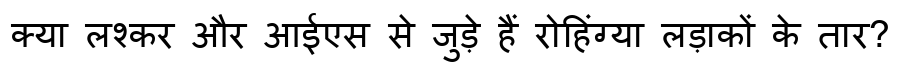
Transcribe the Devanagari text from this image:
क्या लश्कर और आईएस से जुड़े हैं रोहिंग्या लड़ाकों के तार?